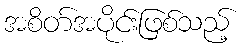
အစိတ်အပိုင်းဖြစ်သည့်